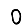
Digit: 0